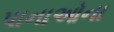
પાનાઓના